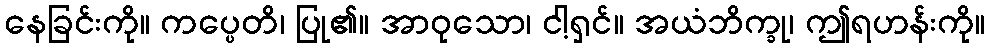
နေခြင်းကို။ ကပ္ပေတိ၊ ပြု၏။ အာဝုသော၊ ငါ့ရှင်။ အယံဘိက္ခု၊ ဤရဟန်းကို။